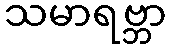
သမာရဗ္ဘာ